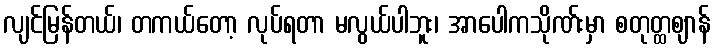
လျင်မြန်တယ်၊ တကယ်တော့ လုပ်ရတာ မလွယ်ပါဘူး၊ အာပေါကသိုဏ်းမှာ စတုတ္ထဈာန်